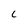
Character: C